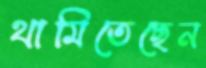
থামিতেছেন